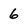
Character: 6